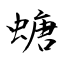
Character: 螗